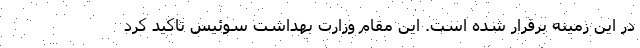
در این زمینه برقرار شده است. این مقام وزارت بهداشت سوئیس تاکید کرد